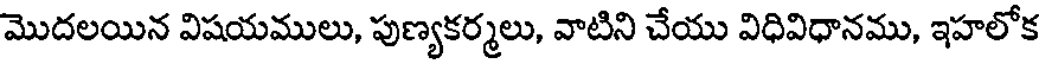
మొదలయిన విషయములు, పుణ్యకర్మలు, వాటిని చేయు విధివిధానము, ఇహలోక